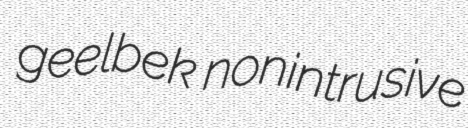
geelbek nonintrusive